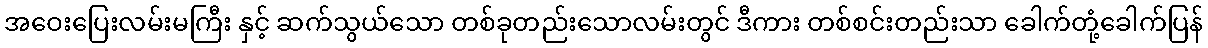
အဝေးပြေးလမ်းမကြီး နှင့် ဆက်သွယ်သော တစ်ခုတည်းသောလမ်းတွင် ဒီကား တစ်စင်းတည်းသာ ခေါက်တုံ့ခေါက်ပြန်